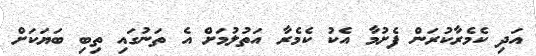
އަދި ކެމެރާކުރަން ފެށުމާ އެކު ކެމެރާ އަތުލުމަށް އެ ތަނުގައި ތިބި ބަޔަކަށް